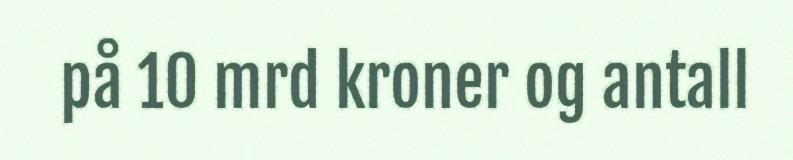
på 10 mrd kroner og antall